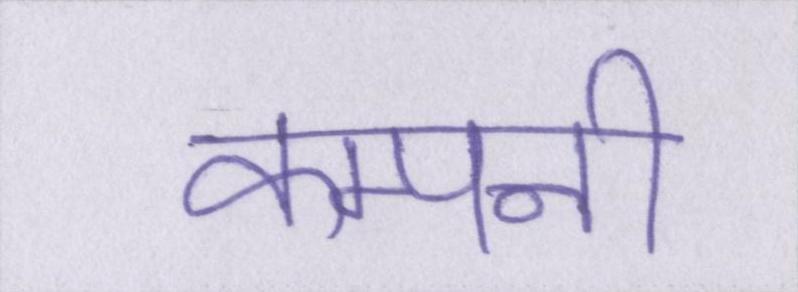
कम्पनी